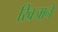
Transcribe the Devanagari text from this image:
खिजाने